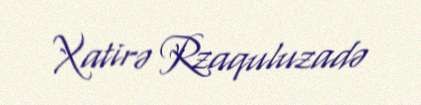
Xatirə Rzaquluzadə